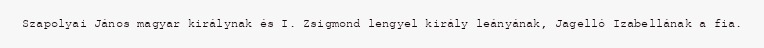
Szapolyai János magyar királynak és I. Zsigmond lengyel király leányának, Jagelló Izabellának a fia.